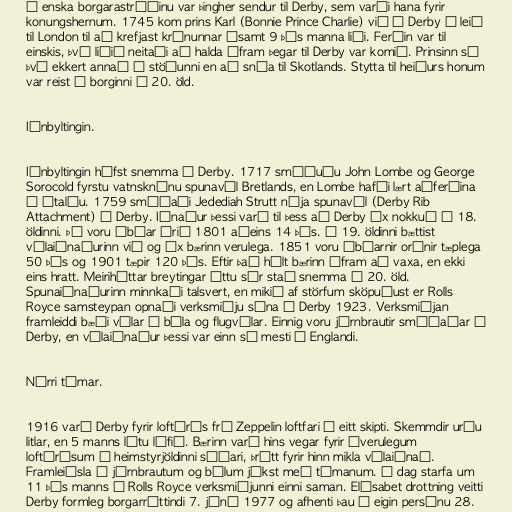
Í enska borgarastríðinu var þingher sendur til Derby, sem varði hana fyrir
konungshernum. 1745 kom prins Karl (Bonnie Prince Charlie) við í Derby á leið
til London til að krefjast krúnunnar ásamt 9 þús manna liði. Ferðin var til
einskis, því liðið neitaði að halda áfram þegar til Derby var komið. Prinsinn sá
því ekkert annað í stöðunni en að snúa til Skotlands. Stytta til heiðurs honum
var reist í borginni á 20. öld.

Iðnbyltingin.

Iðnbyltingin hófst snemma í Derby. 1717 smíðuðu John Lombe og George
Sorocold fyrstu vatnsknúnu spunavél Bretlands, en Lombe hafði lært aðferðina
á Ítalíu. 1759 smíðaði Jedediah Strutt nýja spunavél (Derby Rib
Attachment) í Derby. Iðnaður þessi varð til þess að Derby óx nokkuð á 18.
öldinni. Þó voru íbúar árið 1801 aðeins 14 þús. Á 19. öldinni bættist
vélaiðnaðurinn við og óx bærinn verulega. 1851 voru íbúarnir orðnir tæplega
50 þús og 1901 tæpir 120 þús. Eftir það hélt bærinn áfram að vaxa, en ekki
eins hratt. Meiriháttar breytingar áttu sér stað snemma á 20. öld.
Spunaiðnaðurinn minnkaði talsvert, en mikið af störfum sköpuðust er Rolls
Royce samsteypan opnaði verksmiðju sína í Derby 1923. Verksmiðjan
framleiddi bæði vélar í bíla og flugvélar. Einnig voru járnbrautir smíðaðar í
Derby, en vélaiðnaður þessi var einn sá mesti í Englandi.

Nýrri tímar.

1916 varð Derby fyrir loftárás frá Zeppelin loftfari í eitt skipti. Skemmdir urðu
litlar, en 5 manns létu lífið. Bærinn varð hins vegar fyrir óverulegum
loftárásum í heimstyrjöldinni síðari, þrátt fyrir hinn mikla vélaiðnað.
Framleiðsla á járnbrautum og bílum jókst með tímanum. Í dag starfa um
11 þús manns í Rolls Royce verksmiðjunni einni saman. Elísabet drottning veitti
Derby formleg borgarréttindi 7. júní 1977 og afhenti þau í eigin persónu 28.